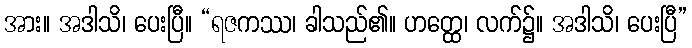
အား။ အဒါသိ၊ ပေးပြီ။ “ရဇကဿ၊ ခါသည်၏။ ဟတ္ထေ၊ လက်၌။ အဒါသိ၊ ပေးပြီ”